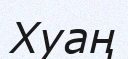
Хуаң